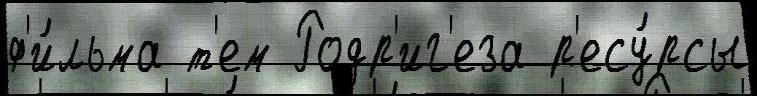
ф'и́льма т'ем Родр'иг'еза р'есу́рсы